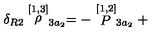
\delta _ { R 2 } \stackrel { [ 1 , 3 ] } { \rho } _ { 3 a _ { 2 } } = - \stackrel { [ 1 , 2 ] } { P } _ { 3 a _ { 2 } } +